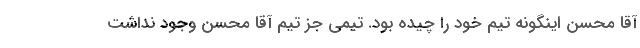
آقا محسن اینگونه تیم خود را چیده بود. تیمی جز تیم آقا محسن وجود نداشت